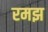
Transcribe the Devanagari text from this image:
रमझ